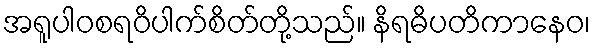
အရူပါဝစရဝိပါက်စိတ်တို့သည်။ နိရဓိပတိကာနေဝ၊